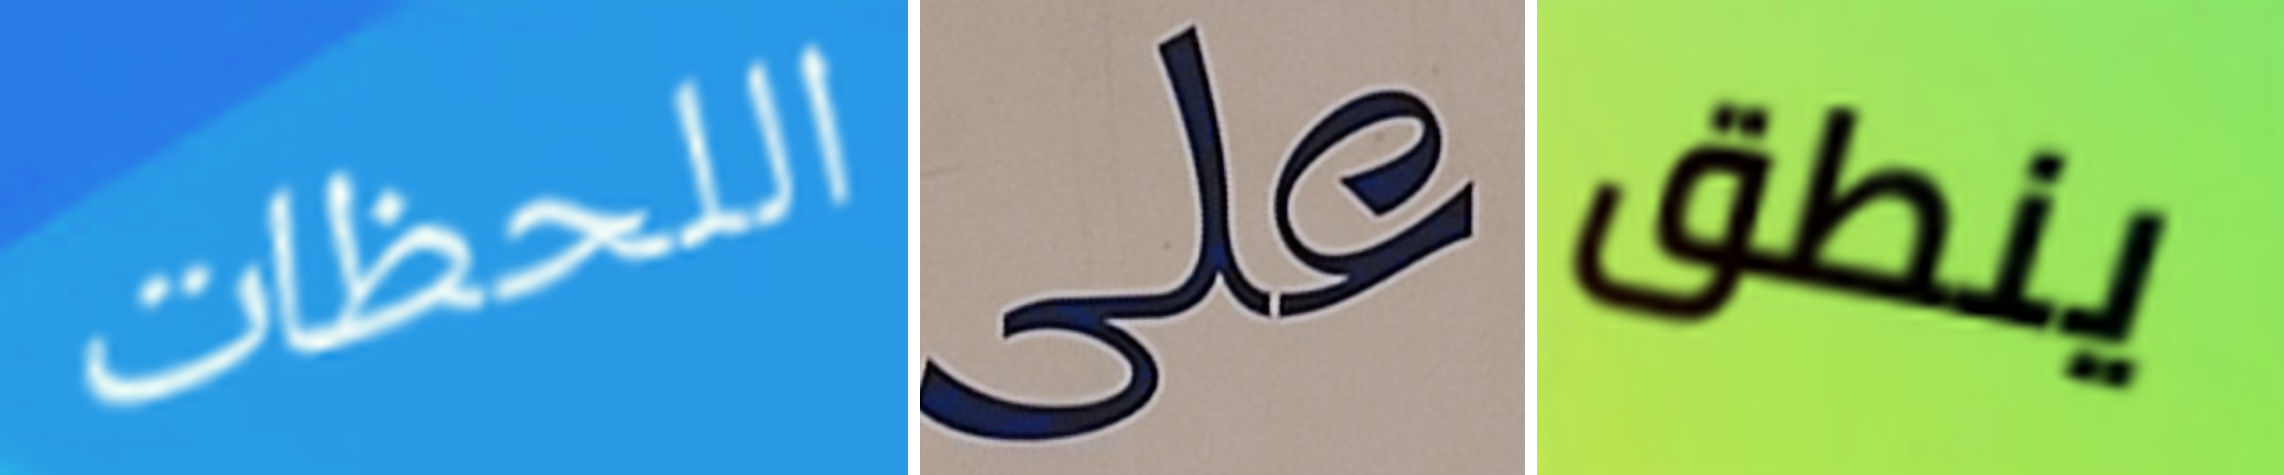
اللحظات على ينطق